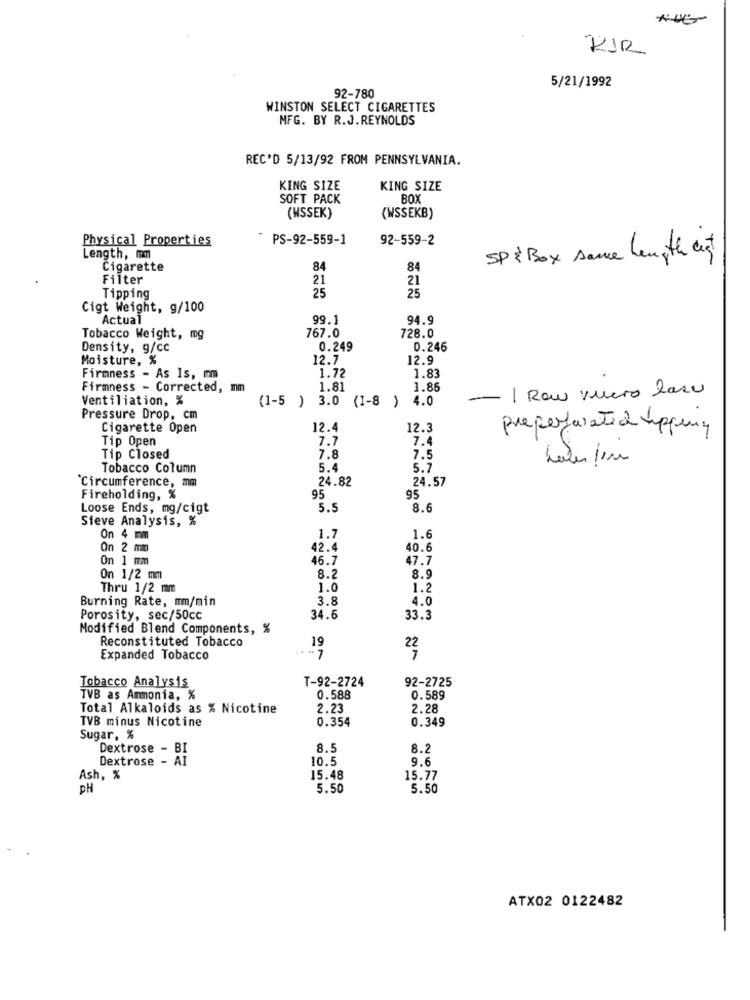
KIR
5/21/1992
92-780
WINSTON SELECT CIGARETTES
MFG. BY R.J. REYNOLDS
REC'D 5/13/92 FROM PENNSYLVANIA.
KING SIZE
KING SIZE
SOFT PACK
BOX
(WSSEK)
(WSSEKB)
Physical Properties
PS-92-559-1
92-559-2
Length, mm
SP &Box same Length auf
Cigarette
84
84
Filter
21
21
25
Tipping
25
Cigt Weight, g/100
Actual
99.
94.9
767.0
Tobacco Weight, mg
728.0
Density, g/cc
0.249
0.246
Moisture, %
12.7
12.9
1.72
Firmness - As Is, mm
1.83
Firmness - Corrected, mm
1.81
1.86
- | Row vuero lase
Ventiliation, %
(1-5 )
3.0 (1-8 ) 4.0
Pressure Drop, cm
Cigarette Open
12.4
12.3
Preperforated tipping
Tip Open
7.7
7.4
Tip Closed
7.8
7.5
Tobacco Column
5.4
5.7
Circumference, mm
24.82
24.57
Fireholding, %
95
95
Loose Ends, mg/cigt
5.5
8.6
Sieve Analysis, %
On 4 mm
1.7
1.6
On 2 mm
42.4
40.6
On 1 mm
46.7
47.7
On 1/2 mm
8.2
8.9
Thru 1/2 mm
1.0
1.2
Burning Rate, mm/min
3.8
4.0
Porosity, sec/50cc
34.6
33.3
Modified Blend Components, %
Reconstituted Tobacco
19
Expanded Tobacco
-7
T-92-2724
92-2725
Tobacco Analysis
TVB as Ammonia, %
0.588
0.589
Total Alkaloids as % Nicotine
2.23
2.28
TVB minus Nicotine
0.354
0.349
Sugar, %
Dextrose - BI
8.5
8.2
Dextrose - AI
10.5
9.6
Ash, %
15.48
15.77
PH
5.50
5.50
ATX02 0122482